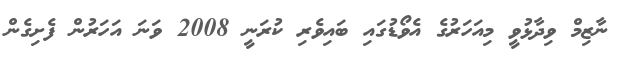
ނާޒިމް ވިދާޅުވީ މިއަހަރުގެ އެވޯޑުގައި ބައިވެރި ކުރަނީ 2008 ވަނަ އަހަރުން ފެށިގެން